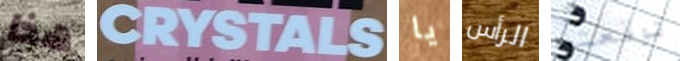
هذا CRYSTALS يا الرأس توقعته